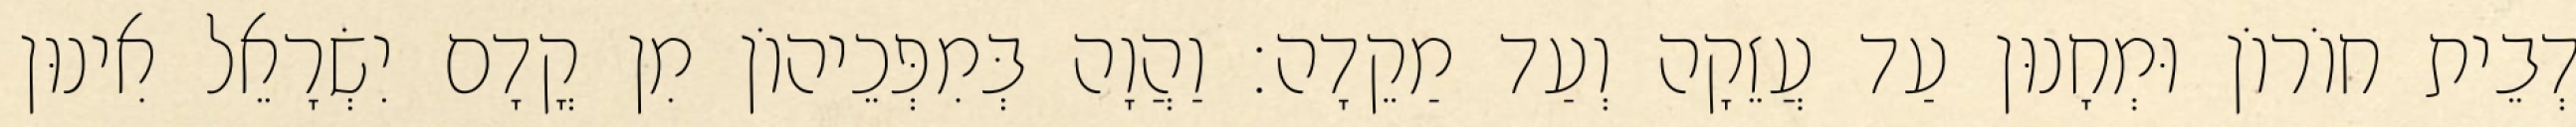
דְבֵית חוֹרוֹן וּמְחָנוּן עַד עֲזֵקָה וְעַד מַקֵדָה׃ וַהֲוָה בְּמִפְּכֵיהוֹן מִן קֳדָם יִשְׂרָאֵל אִינוּן